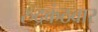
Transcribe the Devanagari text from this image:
रुद्रकंठवार